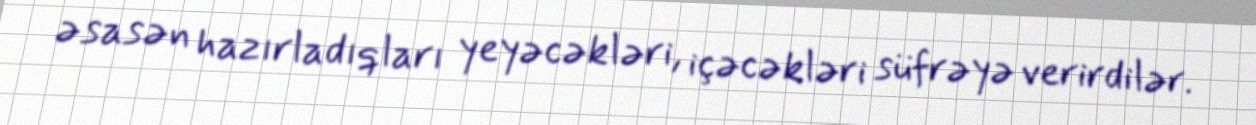
əsasən hazırladıqları yeyəcəkləri, içəcəkləri süfrəyə verirdilər.